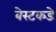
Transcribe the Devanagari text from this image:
बेस्टकडे